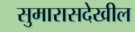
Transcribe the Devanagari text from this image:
सुमारासदेखील